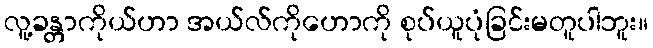
လူ့ခန္တာကိုယ်ဟာ အယ်လ်ကိုဟောကို စုပ်ယူပုံခြင်းမတူပါဘူး။